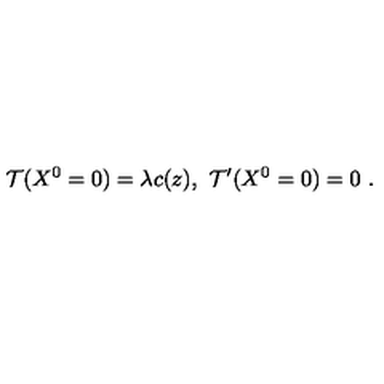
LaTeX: \mathcal { T } ( X ^ { 0 } = 0 ) = \lambda c ( z ) , \ \mathcal { T } ^ { \prime } ( X ^ { 0 } = 0 ) = 0 \ .